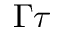
\Gamma \tau